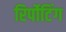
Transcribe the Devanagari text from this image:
रिर्पोटिंग